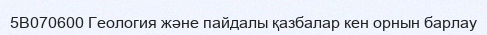
5В070600 Геология және пайдалы қазбалар кен орнын барлау